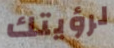
لرؤيتك